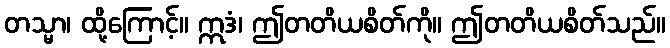
တသ္မာ၊ ထို့ကြောင့်။ ဣဒံ၊ ဤတတိယစိတ်ကို။ ဤတတိယစိတ်သည်။